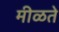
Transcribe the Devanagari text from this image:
मीळते